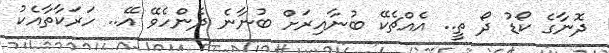
ދޮނާގެ ކޯޑު ދޯ ތީ.. އެއްޗެކޭ ބުނާއިރަށް ބުނާނެ ދެންހެވޭ އޭ.. ހަރަކާތާއެކު